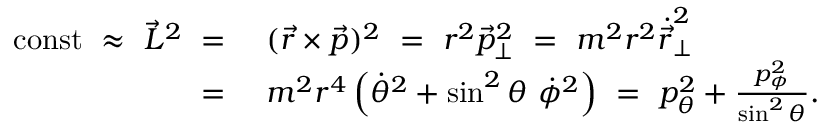
\begin{array} { r l } { \mathrm { c o n s t } ~ \approx ~ \vec { L } ^ { 2 } ~ = ~ } & { ( \vec { r } \times \vec { p } ) ^ { 2 } ~ = ~ r ^ { 2 } \vec { p } _ { \perp } ^ { 2 } ~ = ~ m ^ { 2 } r ^ { 2 } \dot { \vec { r } } _ { \perp } ^ { 2 } } \\ { ~ = ~ } & { m ^ { 2 } r ^ { 4 } \left( \dot { \theta } ^ { 2 } + \sin ^ { 2 } \theta ~ \dot { \phi } ^ { 2 } \right) ~ = ~ p _ { \theta } ^ { 2 } + \frac { p _ { \phi } ^ { 2 } } { \sin ^ { 2 } \theta } . } \end{array}